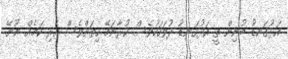
އަޅުގަނޑު ބުނިން ތީ އަޅުގަނޑު ދުވަހަކުވެސް ކުރާނަމޭ ހިތަށްވެސް އެރި ކަމެއް ނޫނޭ.